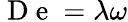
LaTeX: \mathrm{~D~e~}=\lambda\omega